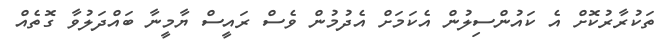
ތަކުރާރުކޮށް އެ ކައުންސިލުން އެކަމަށް އެދުމުން ވެސް ރައީސް ޔާމީނާ ބައްދަލުވާ ގޮތެއް